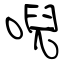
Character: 唲